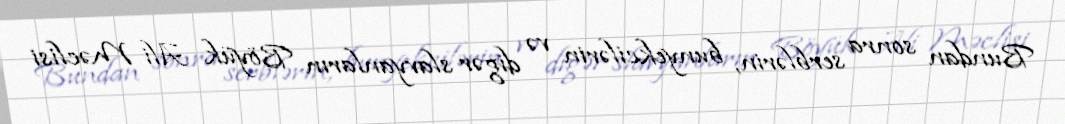
Bundan sonra serblərin, bunyekcilərin və digər slavyanların Böyük Ali Məclisi